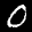
Label: 0